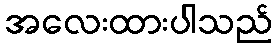
အလေးထားပါသည်